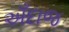
અઁદાજ